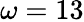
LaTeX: \omega=13